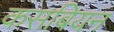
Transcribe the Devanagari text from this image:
कसबियन